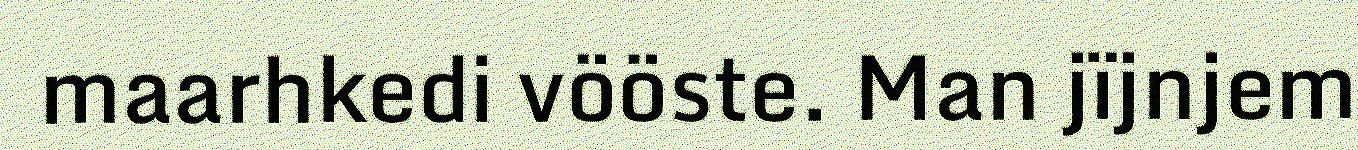
maarhkedi vööste. Man jïjnjem